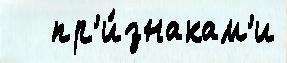
   пр'и́знакам'и